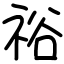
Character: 𥙿